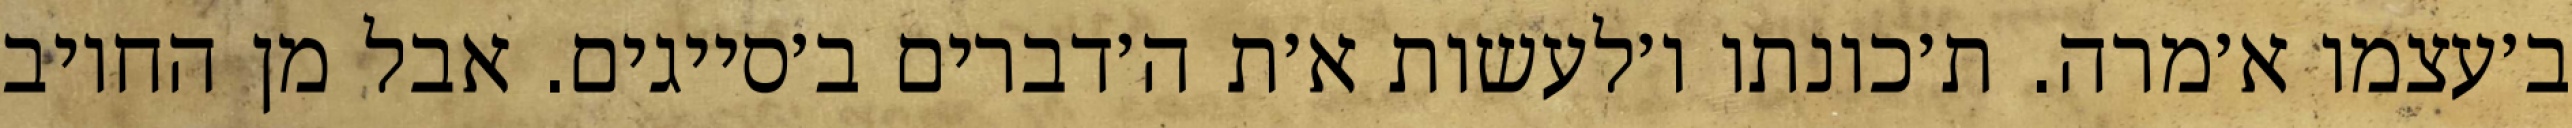
ב׳עצמו א׳מרה. ת׳כונתו ו׳לעשות א׳ת ה׳דברים ב׳סייגים. אבל מן החיוב